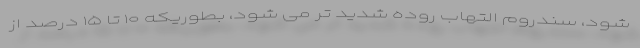
شود، سندروم التهاب روده شدید تر می شود، بطوریکه ۱۰ تا ۱۵ درصد از